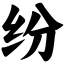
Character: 纷